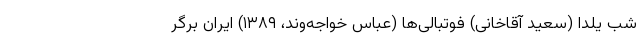
شب یلدا (سعید آقاخانی) فوتبالی‌ها (عباس خواجه‌وند، ۱۳۸۹) ایران برگر